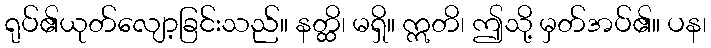
ရုပ်၏ယုတ်လျော့ခြင်းသည်။ နတ္ထိ၊ မရှိ။ ဣတိ၊ ဤသို့ မှတ်အပ်၏။ ပန၊